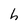
Character: h